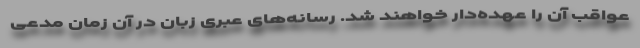
عواقب آن را عهده‌دار خواهند شد. رسانه‌های عبری زبان در آن زمان مدعی